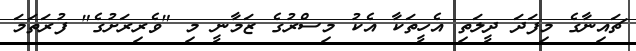
ޗައިނާގެ މިފަދަ ދީލަތި އެހީތަކާ އެކު މިސްރުގެ ޒަމާނީ މި "ވެރިރަށުގެ" ފުރަތަމަ